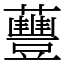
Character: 蘴